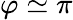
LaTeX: \varphi\simeq\pi